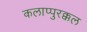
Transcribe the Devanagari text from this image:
कलाप्पुरक्कल